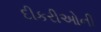
દીકરીઓની